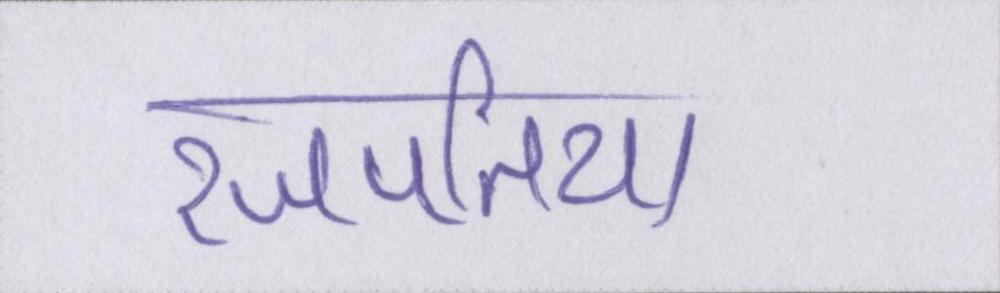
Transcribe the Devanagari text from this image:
रजपतिया